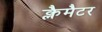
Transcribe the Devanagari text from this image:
क्लैमैटर